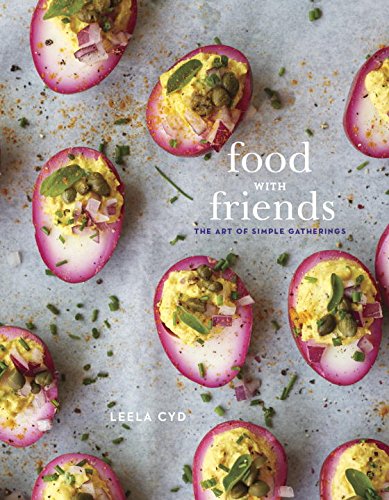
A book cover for Food with Friends: The Art of Simple Gatherings; Leela Cyd; Cookbooks, Food & Wine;